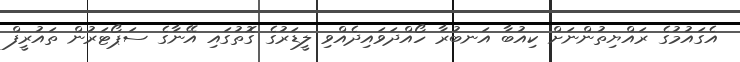
އެގައުމުގެ ރައްޔިތުންނަށް ކިއުބާ އަނބުރާ ހޯއްދަވައިދެއްވި ލީޑަރުގެ ގޮތުގައި އޭނާގެ ސަޕޯޓަރުން ތައުރީފް